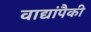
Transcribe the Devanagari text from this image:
वाद्यांपैकी